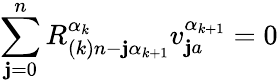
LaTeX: \sum_{\mathbf{j}=0}^{n}R_{(k)n-\mathbf{j}\alpha_{k+1}}^{\alpha_{k}}v_{\mathbf{j}a}^{\alpha_{k+1}}=0